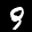
Label: 9